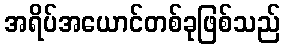
အရိပ်အယောင်တစ်ခုဖြစ်သည်